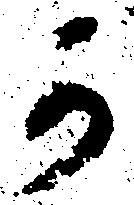
可